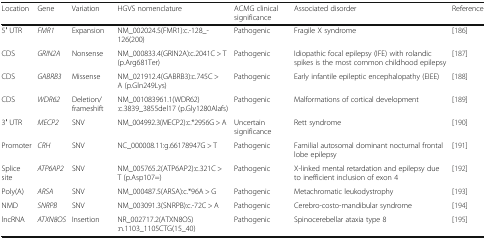
| Location | Gene | Variation | HGVS nomenclature | ACMG clinical significance | Associated disorder | Reference |
 | --- | --- | --- | --- | --- | --- | --- |
 | 5′ UTR | FMR1 | Expansion | NM_002024.5(FMR1):c.-128_-126(200) | Pathogenic | Fragile X syndrome | [186] |
 | CDS | GRIN2A | Nonsense | NM_000833.4(GRIN2A):c.2041C > T (p.Arg681Ter) | Pathogenic | Idiopathic focal epilepsy (IFE) with rolandic spikes is the most common childhood epilepsy | [187] |
 | CDS | GABRB3 | Missense | NM_021912.4(GABRB3):c.745C > A (p.Gln249Lys) | Pathogenic | Early infantile epileptic encephalopathy (EIEE) | [188] |
 | CDS | WDR62 | Deletion/frameshift | NM_001083961.1(WDR62):c.3839_3855del17 (p.Gly1280Alafs) | Pathogenic | Malformations of cortical development | [189] |
 | 3′ UTR | MECP2 | SNV | NM_004992.3(MECP2):c.*2956G > A | Uncertain significance | Rett syndrome | [190] |
 | Promoter | CRH | SNV | NC_000008.11:g.66178947G > T | Pathogenic | Familial autosomal dominant nocturnal frontal lobe epilepsy | [191] |
 | Splice site | ATP6AP2 | SNV | NM_005765.2(ATP6AP2):c.321C > T (p.Asp107=) | Pathogenic | X-linked mental retardation and epilepsy due to inefficient inclusion of exon 4 | [192] |
 | Poly(A) | ARSA | SNV | NM_000487.5(ARSA):c.*96A > G | Pathogenic | Metachromatic leukodystrophy | [193] |
 | NMD | SNRPB | SNV | NM_003091.3(SNRPB):c.-72C > A | Pathogenic | Cerebro-costo-mandibular syndrome | [194] |
 | lncRNA | ATXN8OS | Insertion | NR_002717.2(ATXN8OS):n.1103_1105CTG(15_40) | Pathogenic | Spinocerebellar ataxia type 8 | [195] |